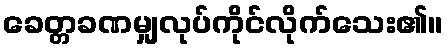
ခေတ္တခဏမျှလုပ်ကိုင်လိုက်သေး၏။